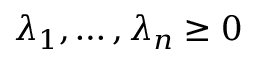
\lambda _ { 1 } , \dots , \lambda _ { n } \geq 0